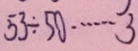
5 3 \div 5 0 \cdots 3